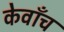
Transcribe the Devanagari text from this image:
केवाँच